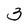
Character: 3